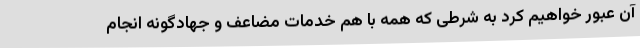
آن عبور خواهیم کرد به شرطی که همه با هم خدمات مضاعف و جهادگونه انجام